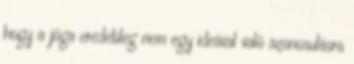
hogy a jóga eredetileg nem egy ideával való azonosulásra